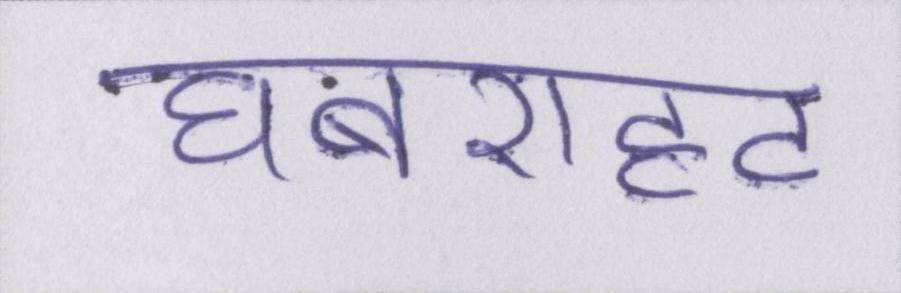
घबराहट